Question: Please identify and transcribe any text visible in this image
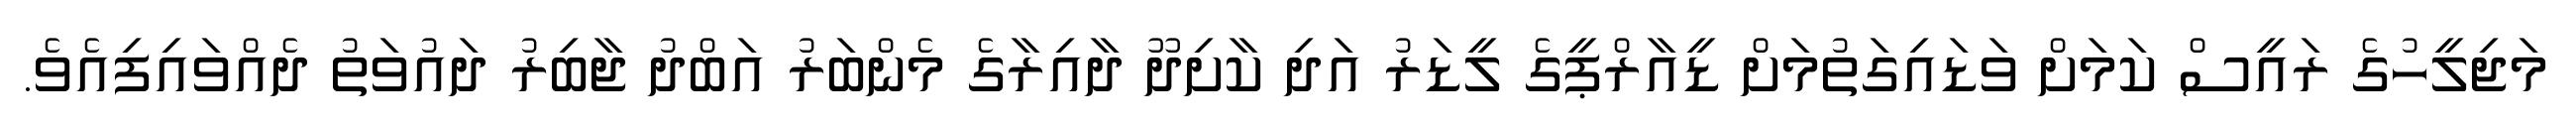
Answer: މަޖިލީހުގެ ރައީސް ކަމަށް ވަޑައިގަތުމަށް ޑީއާރްޕީގެ ލީޑަރު އަދި ކާށިދޫ ދާއިރާގެ މެންބަރު އަބްދު ޖާބިރު ދައުވަތު ދެއްވައިފިއެވެ.